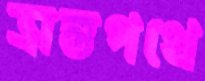
ভ্রান্তপথে